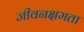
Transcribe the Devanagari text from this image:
जीवनक्षमता